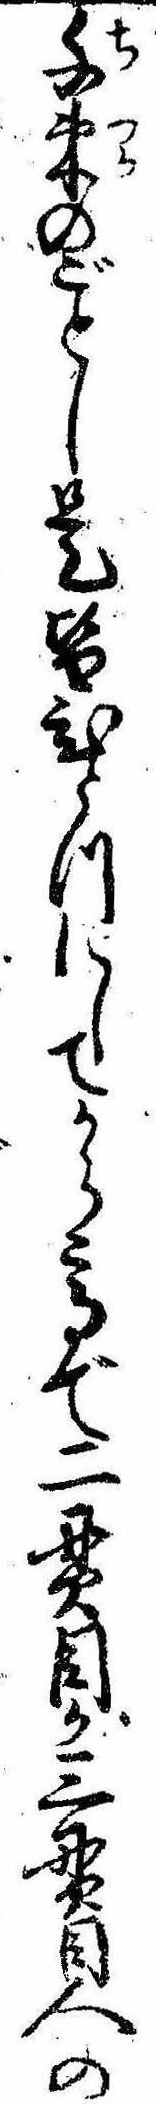
千束のごとし是皆ひとつにしてから高で二貫目か三貫目人の